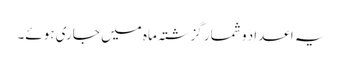
یہ اعداد و شمار گزشتہ ماہ میں جاری ہوئے۔